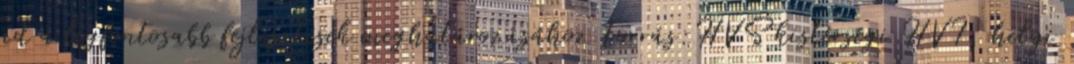
ad a legfontosabb fejlesztések meghatározásához Forrás:HVS kistérségi HVI, helyi